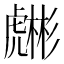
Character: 𧈇